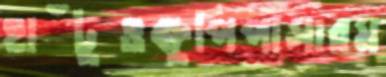
হাঁটুওক্ষুপিপাসারম